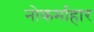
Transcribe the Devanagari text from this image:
नोकर्माहार